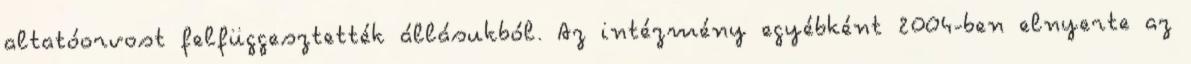
altatóorvost felfüggesztették állásukból. Az intézmény egyébként 2004-ben elnyerte az